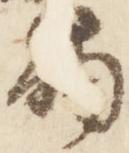
触